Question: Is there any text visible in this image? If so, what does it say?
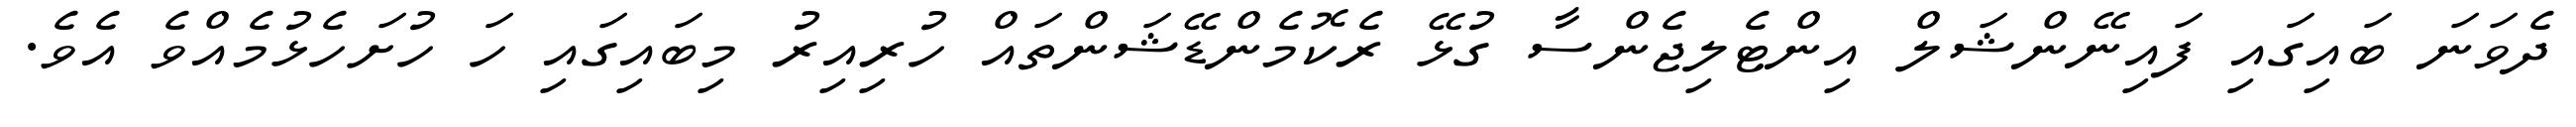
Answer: ދެވަނަ ބައިގައި ފައިނޭންޝަލް އިންޓެލިޖެންސާ ގުޅޭ ރެކޮމެންޑޭޝަންތައް ހުރިއިރު މިބައިގައި ހަ ހުށަހެޅުމެއްވެ އެވެ.